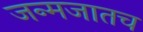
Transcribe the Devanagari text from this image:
जन्मजातच